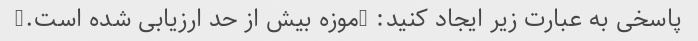
پاسخی به عبارت زیر ایجاد کنید: "موزه بیش از حد ارزیابی شده است."